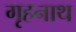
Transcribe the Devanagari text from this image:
गृहनाथ